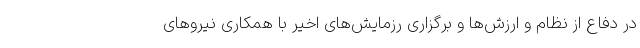
در دفاع از نظام و ارزش‌ها و برگزاری رزمایش‌های اخیر با همکاری نیروهای